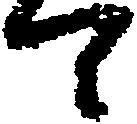
て